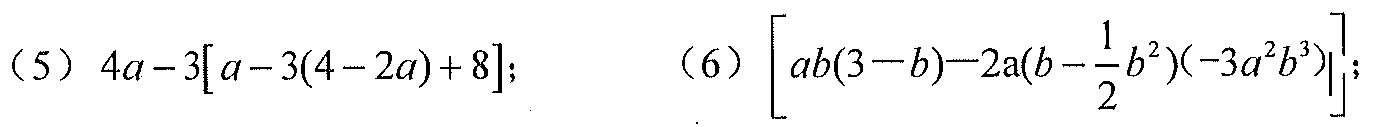
（5）\(4a - 3[a - 3(4 - 2a)+8]\)；
（6）\(\left[ab(3 - b)-2a\left(b-\frac{1}{2}b^{2}\right)(-3a^{2}b^{3})\right]\)